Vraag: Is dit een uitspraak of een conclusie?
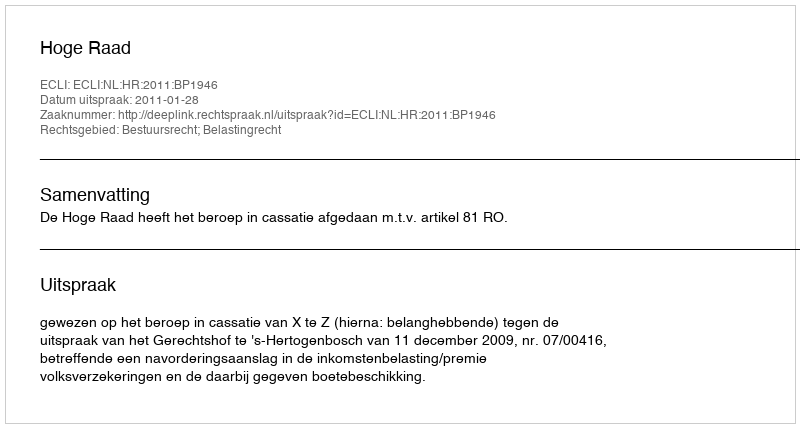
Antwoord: Uitspraak